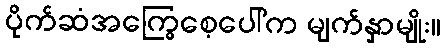
ပိုက်ဆံအကြွေစေ့ပေါ်က မျက်နှာမျိုး။